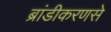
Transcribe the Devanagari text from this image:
ब्रांडीकरणसे